system: You are a helpful assistant.
user:
Analyze the provided spectrum to determine if it is a **"Cataclysmic Variables (CV)"**.

- **Key Indicators for CV (Check for either state):**
    - **State 1: Quiescent / Low-State (Emission-Dominated)**
        - **(Primary):** Strong and *very broad* Hydrogen Balmer emission lines (e.g., $H\alpha$ at 6563 Å, $H\beta$ at 4861 Å). The 'broadness' (high velocity dispersion, often FWHM > 1000 km/s) is the key diagnostic, indicating a high-velocity accretion disk.
        - **(Secondary):** Broad neutral Helium (He I) emission lines (e.g., 5876 Å, 6678 Å).
        - **(Key Confirmation):** Presence of high-excitation *ionized* Helium (He II) emission at 4686 Å. This is a strong indicator of accretion onto a white dwarf.
        - **(Line Profile):** Emission lines may exhibit a 'double-peaked' profile, which is a classic signature of a rotating accretion disk viewed at high inclination.

    - **State 2: Outburst / High-State (Absorption-Dominated)**
        - **(Primary):** Spectrum is dominated by a bright, blue continuum (looks like a hot star).
        - **(Secondary):** The emission lines from State 1 are weak, absent, or 'filled in', and are replaced by broad, shallow *absorption* lines (primarily Balmer and He I).
        - **(Morphology):** The overall spectrum mimics a hot B/A-type star. The crucial difference is that the absorption lines are significantly broader, shallower, and more 'washed-out' (or 'smeared') than the sharp lines of a normal stellar photosphere, due to high rotational speeds and pressure broadening in the disk.

Think first, call **spectral_visualization_tool** if needed to examine features in detail, then provide your final answer. Your response must adhere to the following strict rules:
1.  **Overall Structure:** Your response must follow the format `<think>...</think> <tool_call>...</tool_call> (if a tool is used) <answer>...</answer>`.
2.  **Tool Usage Constraint:** You may only make **one** tool call per turn.
3.  **Final Answer Format:** In the `<answer>` tag, your conclusion must be inside a `\boxed{}` command (e.g., `\boxed{YES}`), followed by your justification.

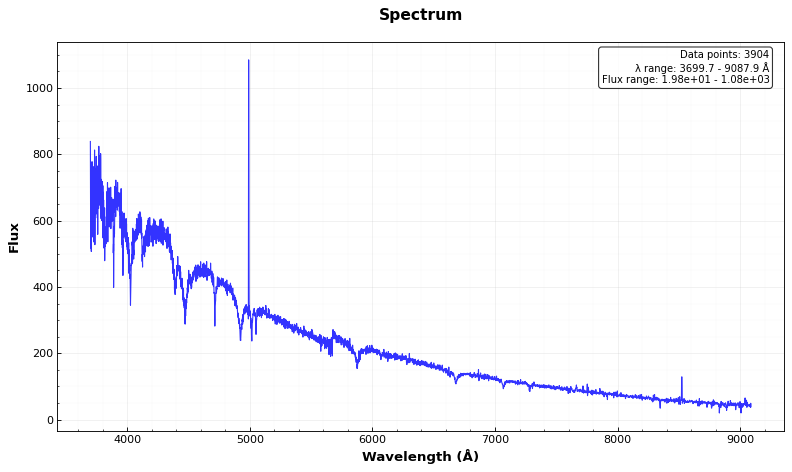
Answer: NO